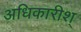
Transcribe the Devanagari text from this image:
अधिकारीश्